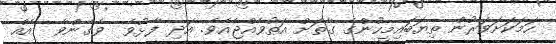
ހަމަކަށަވަރުން ތިޔަބައިމީހުންގެ ގާތަށް އަތުވެއްޖެއެވެ. އަދި ފާޅުވެ  ވެގެންވާ  އެއް